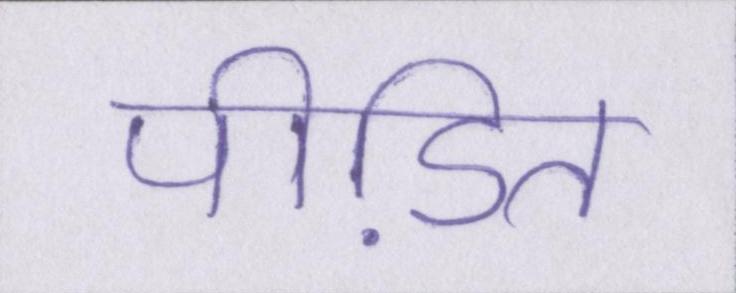
पीडि़त